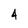
Character: 4